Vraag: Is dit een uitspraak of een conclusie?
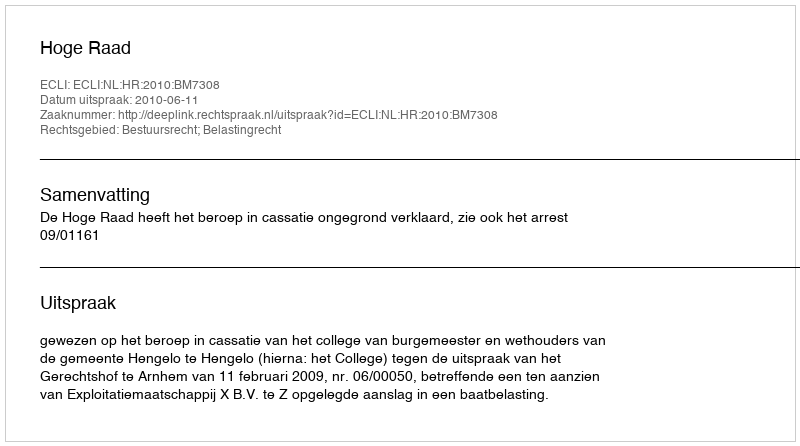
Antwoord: Uitspraak